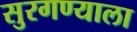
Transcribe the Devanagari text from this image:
सुरगण्याला